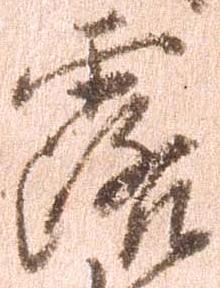
露